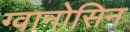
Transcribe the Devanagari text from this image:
ग्वानोसिन